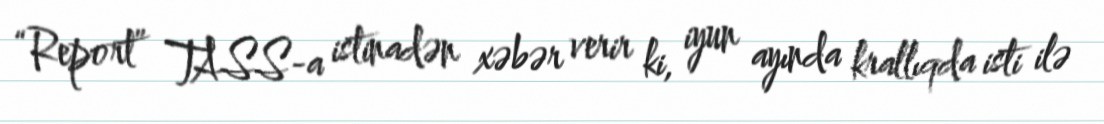
“Report” TASS-a istinadən xəbər verir ki, iyun ayında krallıqda isti ilə